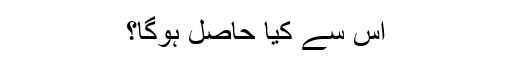
اس سے کیا حاصل ہوگا؟